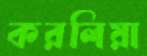
করলিয়া